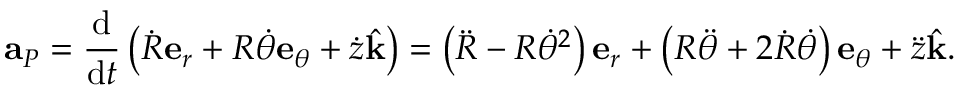
\mathbf { a } _ { P } = { \frac { \mathrm { d } } { { \mathrm { d } } t } } \left( { \dot { R } } \mathbf { e } _ { r } + R { \dot { \theta } } \mathbf { e } _ { \theta } + { \dot { z } } { \hat { \mathbf { k } } } \right) = \left( { \ddot { R } } - R { \dot { \theta } } ^ { 2 } \right) \mathbf { e } _ { r } + \left( R { \ddot { \theta } } + 2 { \dot { R } } { \dot { \theta } } \right) \mathbf { e } _ { \theta } + { \ddot { z } } { \hat { \mathbf { k } } } .